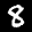
Label: 8